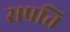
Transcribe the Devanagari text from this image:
सप्रति